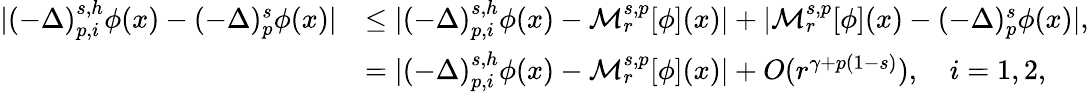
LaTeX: \begin{array}{rl}{|(-\Delta)_{p,i}^{s,h}\phi(x)-(-\Delta)_{p}^{s}\phi(x)|}&{\leq|(-\Delta)_{p,i}^{s,h}\phi(x)-\mathcal{M}_{r}^{s,p}[\phi](x)|+|\mathcal{M}_{r}^{s,p}[\phi](x)-(-\Delta)_{p}^{s}\phi(x)|,}\\ &{=|(-\Delta)_{p,i}^{s,h}\phi(x)-\mathcal{M}_{r}^{s,p}[\phi](x)|+O(r^{\gamma+p(1-s)}),\quad i=1,2,}\end{array}